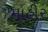
માહીર